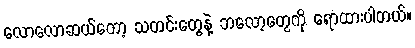
လောလောဆယ်တော့ သတင်းတွေနဲ့ ဘလော့တွေကို ရောထားပါတယ်။